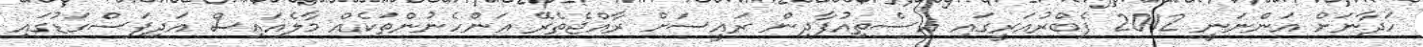
ހަދާނަށް އަންނަނީ 2012 ފެބްރުއަރީގައި އިސްތިއުފާދިން ރައީސަށް ރާއްޖެތެރޭ އަންހެނުންތަކެއް މާލެއައިސް އަދިފަސްގަޑުގައި